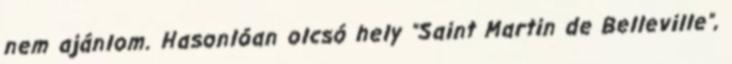
nem ajánlom. Hasonlóan olcsó hely "Saint Martin de Belleville",